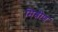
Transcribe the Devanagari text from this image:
मिश्रीण